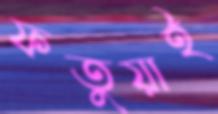
ফতুয়াই